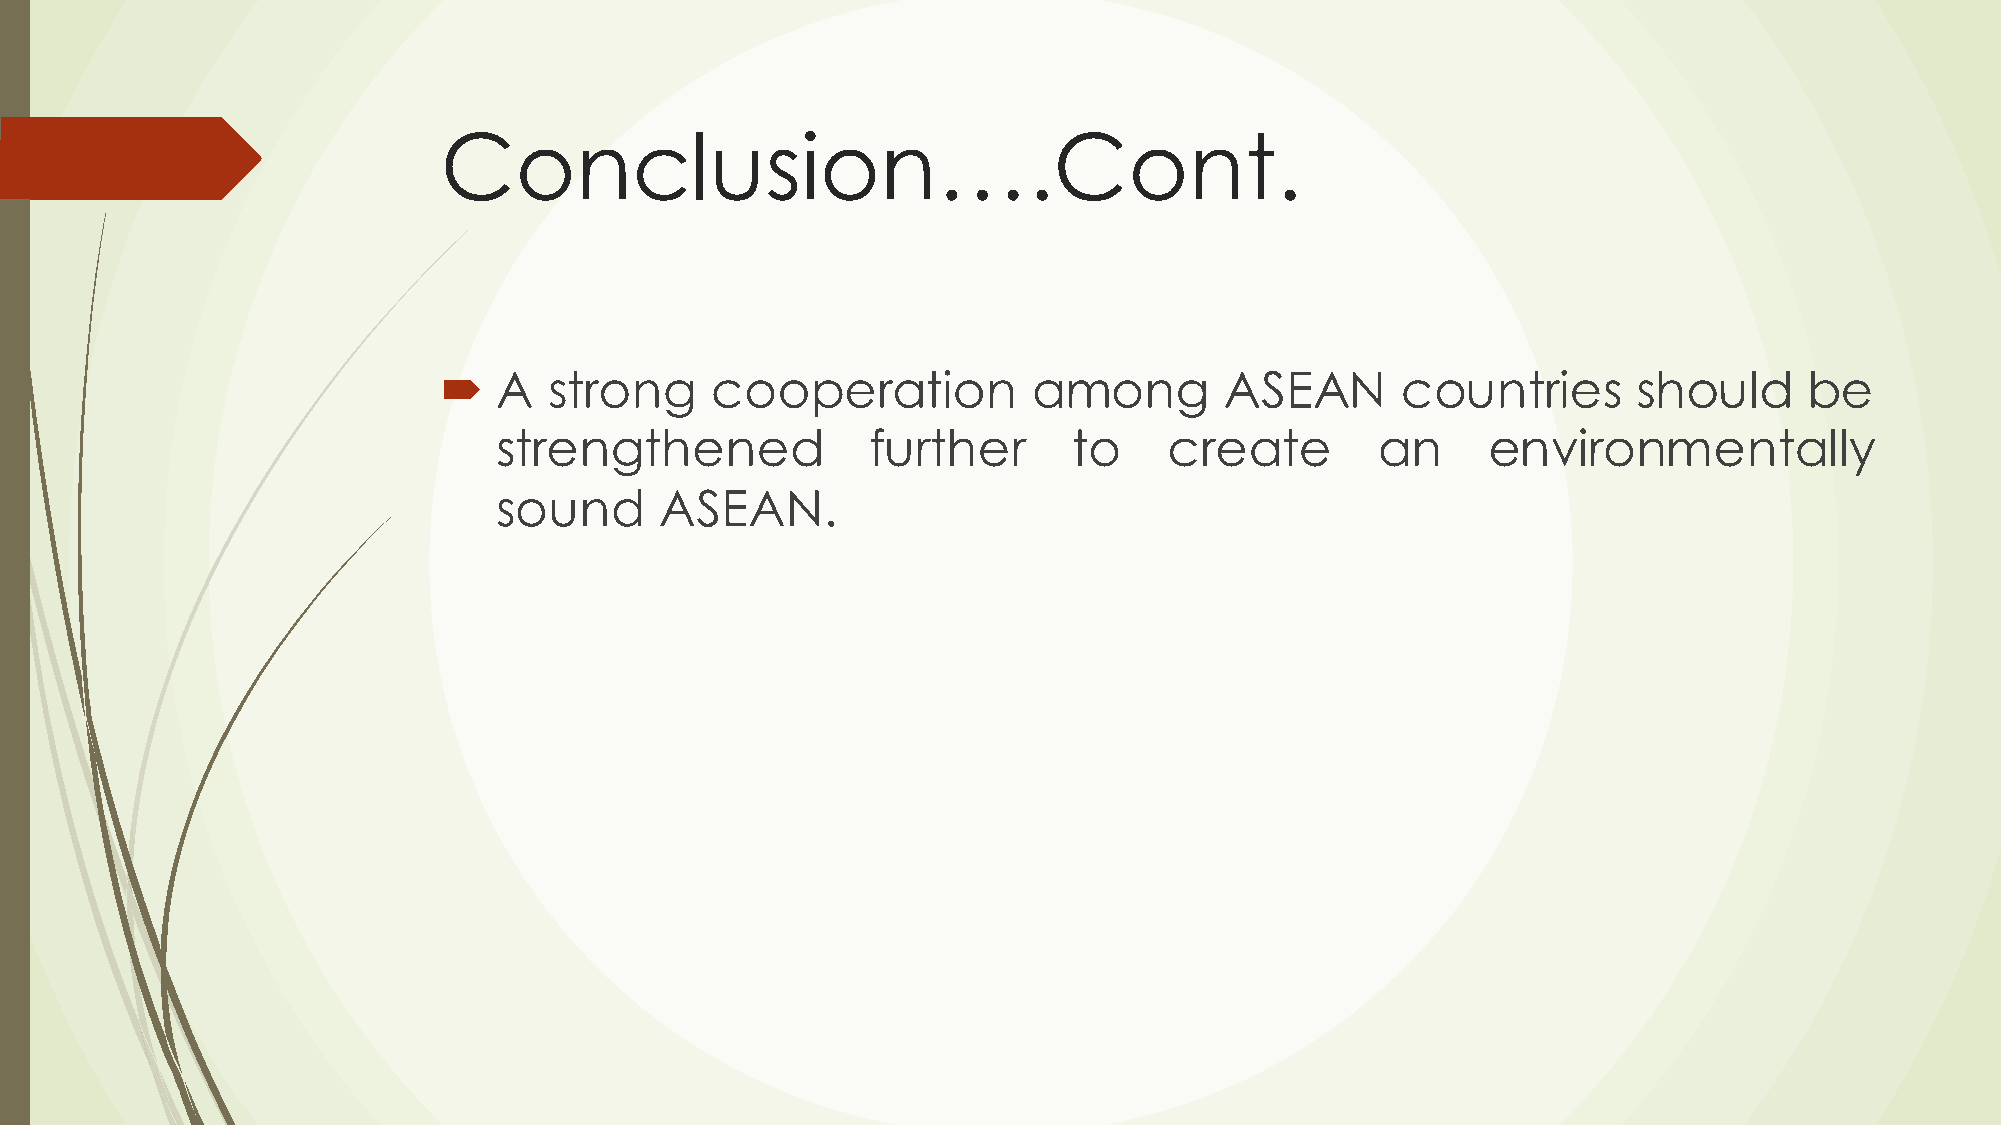
Conclusion….Cont.
 ´  A  strong     cooperation          among        ASEAN       countries      should      be
 strengthened             further      to    create        an     environmentally
 sound      ASEAN.